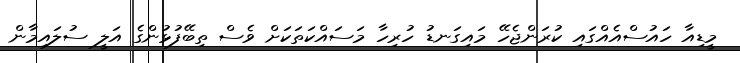
މީޑިއާ ހައުސްއެއްގައި ކުރަންޖެހޭ މައިގަނޑު ހުރިހާ މަސައްކަތަކަށް ވެސް ތިބޭފުޅުންގެ އަލީ ސުލައިމާން